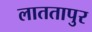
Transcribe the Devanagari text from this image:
लाततापुर